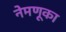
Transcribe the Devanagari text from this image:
नेमणूका